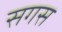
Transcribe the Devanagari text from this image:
सगस